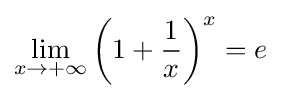
\lim _{x\to +\infty }\left(1+{\frac {1}{x}}\right)^{x}=e